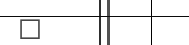
٨